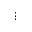
\vdots